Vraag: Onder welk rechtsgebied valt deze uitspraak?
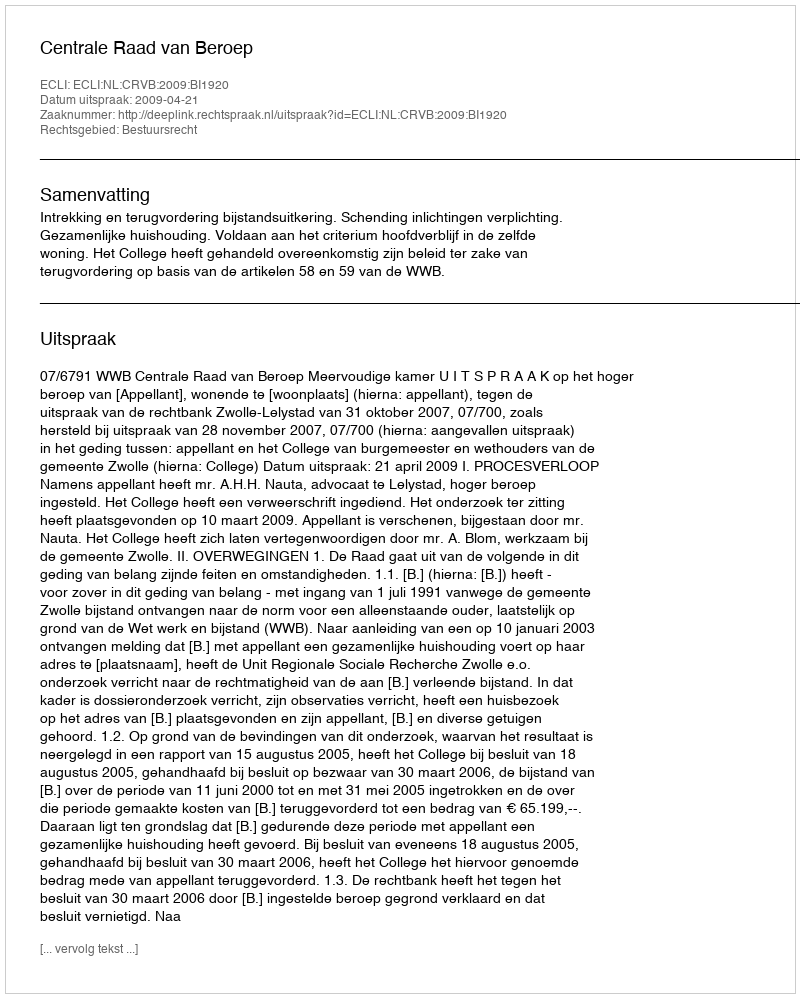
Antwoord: Bestuursrecht